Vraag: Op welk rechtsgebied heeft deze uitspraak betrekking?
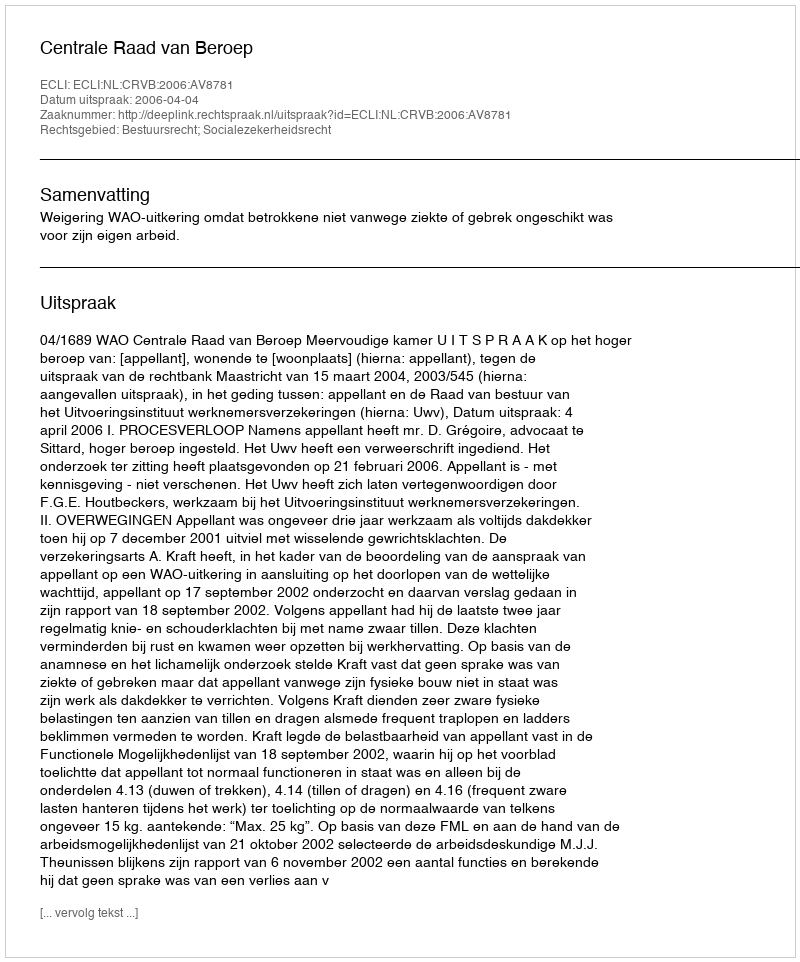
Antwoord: Bestuursrecht; Socialezekerheidsrecht